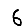
Digit: 6